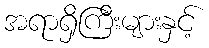
အရာရှိကြီးများနှင့်